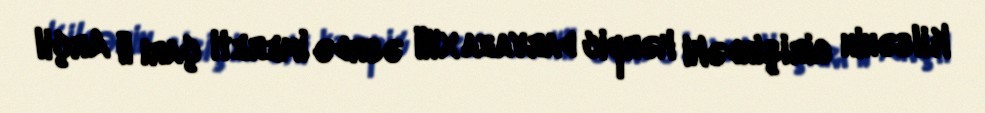
Kilsənin girişindəki kərpic darvaza XVII əsrdə İmereti çarı II Arçil